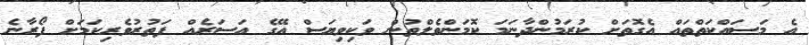
އެ މަސައްކަތްތައް އެގޮތަށް ކުރަމުންދާނަމަ ކޮމަންވެލްތުން ވަކިވިޔަސް އޭގެ އަސަރެއް ފަތުރުވެރިކަމަށް ފޯރާނެ